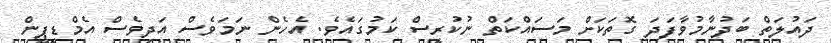
ދައުލަތް ބަދުނާމުވާފަދަ ގޮތަކަށް މަސައްކަތް ނުކުރީސް ކަމުގައެވެ. އެހެން ނަމަވެސް އަދިވެސް އެމްޑީޕީން